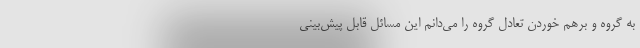
به گروه و برهم خوردن تعادل گروه را می‌دانم این مسائل قابل پیش‌بینی